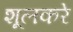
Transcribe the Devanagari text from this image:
शूलकरे